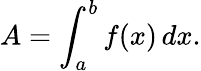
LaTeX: A=\int_{a}^{b}f(x)\, dx.